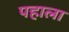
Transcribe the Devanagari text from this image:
पहाला